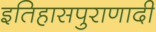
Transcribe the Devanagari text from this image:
इतिहासपुराणादी